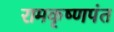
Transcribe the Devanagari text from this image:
रामकृष्णपंत